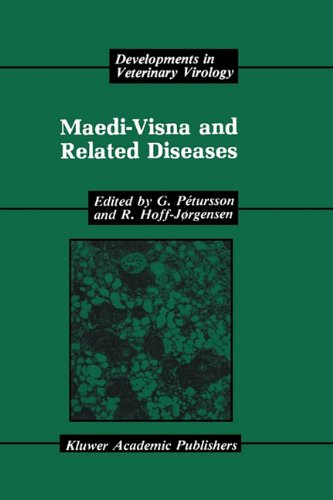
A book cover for Maedi-Visna and Related Diseases (Developments in Veterinary Virology); Medical Books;